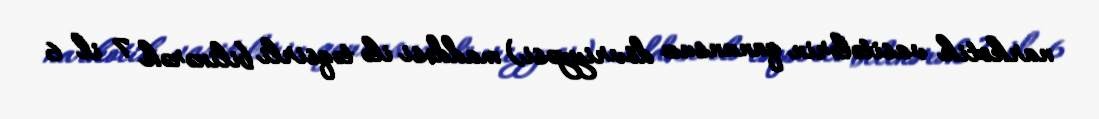
narkotik vasitələrin qanunsuz dövriyyəsi) maddəsi ilə təqsirli bilinərək 7 il 6